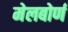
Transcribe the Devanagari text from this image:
मेलबोर्ण